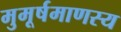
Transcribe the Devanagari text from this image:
मुमूर्षमाणस्य